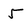
Character: 5